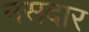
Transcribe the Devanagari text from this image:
नसदार